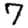
Digit: 7